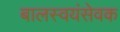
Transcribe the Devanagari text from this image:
बालस्वयंसेवक